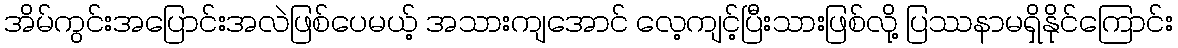
အိမ်ကွင်းအပြောင်းအလဲဖြစ်ပေမယ့် အသားကျအောင် လေ့ကျင့်ပြီးသားဖြစ်လို့ ပြဿနာမရှိနိုင်ကြောင်း